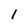
Character: 1